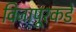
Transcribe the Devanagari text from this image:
विजापूरकडे